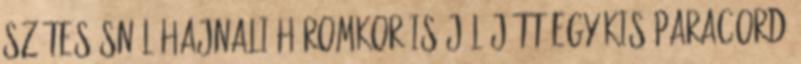
szétesésnél hajnali háromkor is jól jött egy kis paracord